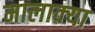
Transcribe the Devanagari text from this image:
मालाक्‍या